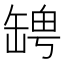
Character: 𦉀